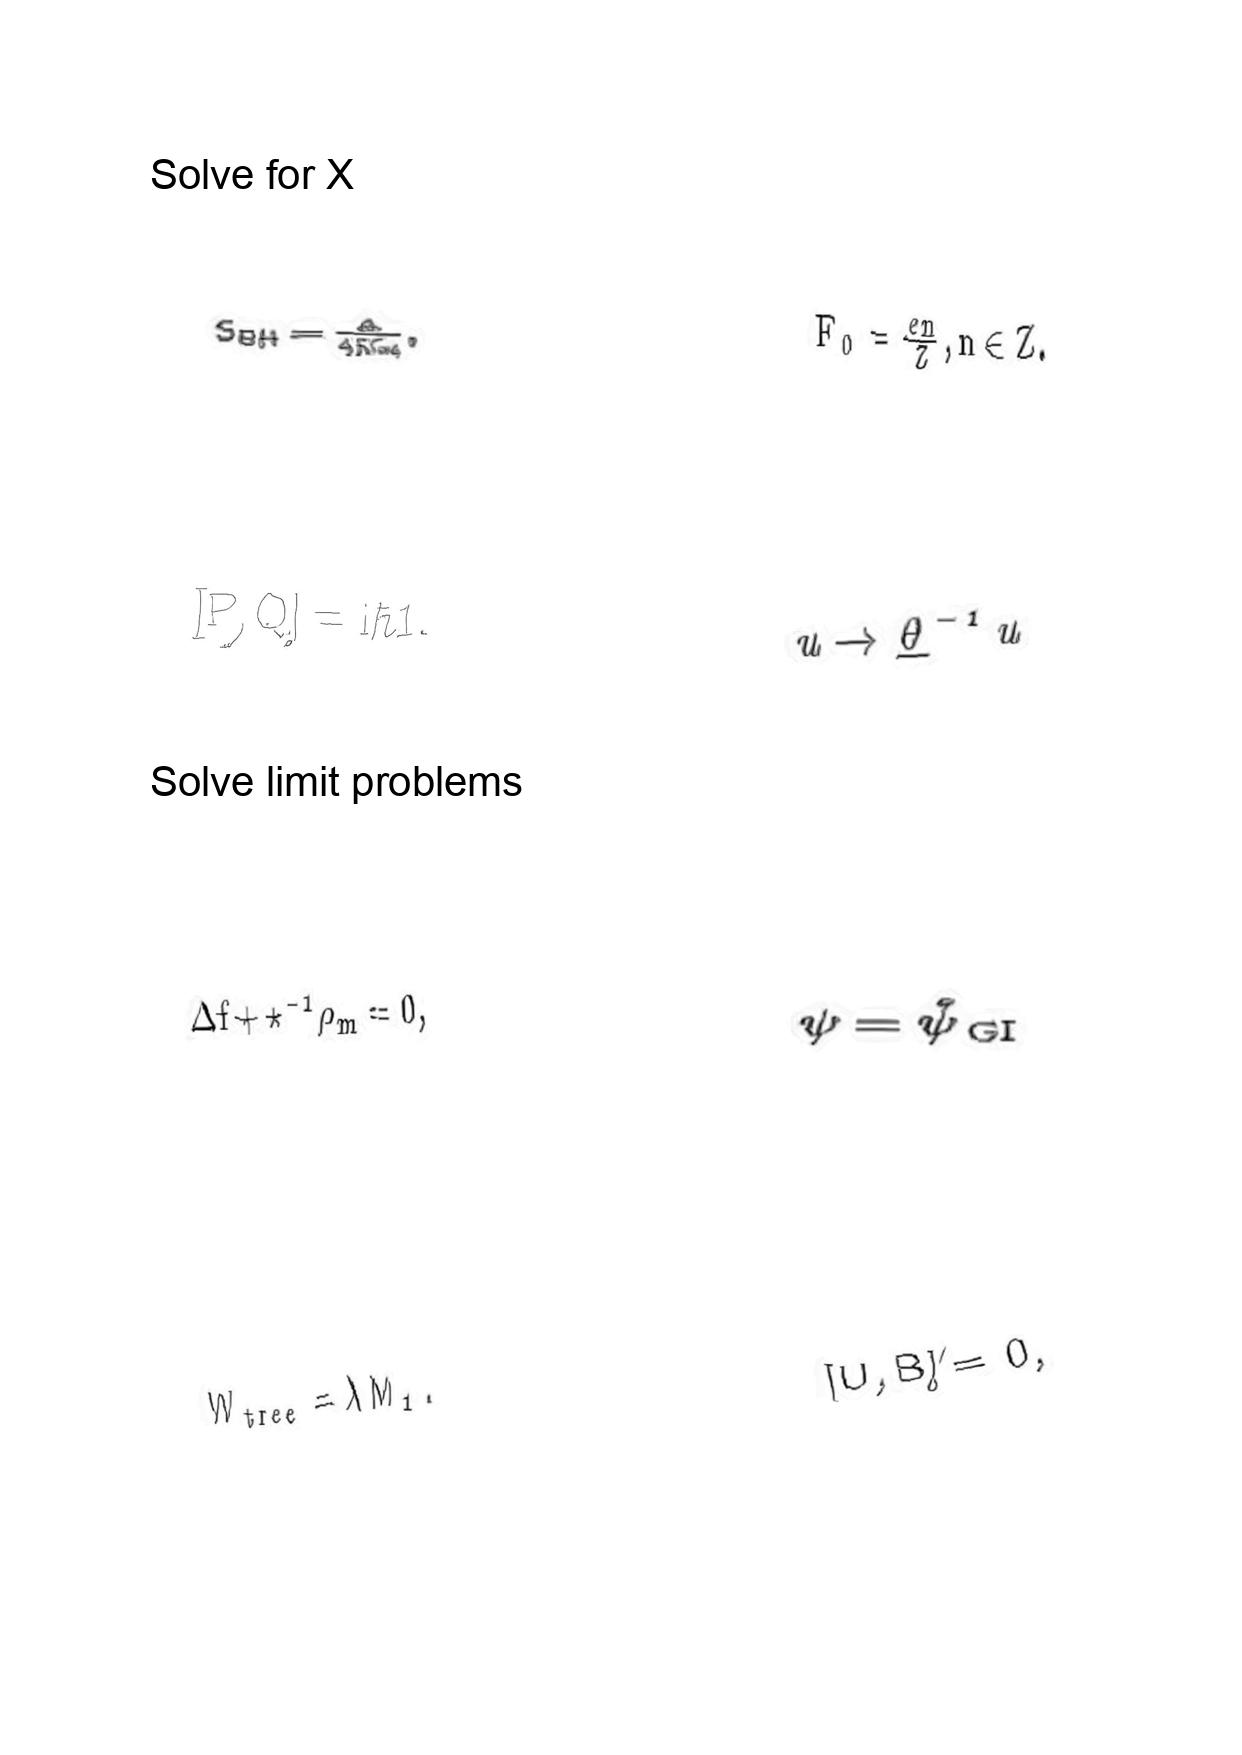
LaTeX transcription:
S _ { B H } = \frac { A } { 4 \hbar G _ { d } } ,
\lbrack P , Q \rbrack = \mathrm { i } \hbar 1 .
\Delta f + \star ^ { - 1 } \rho _ { m } = 0 ,
W _ { \mathrm { t r e e } } = \lambda M _ { 1 } .
F _ { 0 } = \frac { e n } { Z } , n \in Z .
u \rightarrow \underline { \theta } ^ { - 1 } u
\psi = \hat { \psi } _ { \mathrm { \space G I } }
\lbrack U , B \rbrack \neq 0 ,